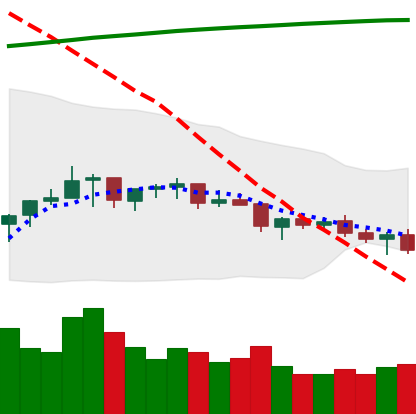
Ticker: TRX-USD
Chart end date: 2021-07-15
Forward return: -12.402%
Label: down_7plus